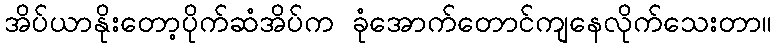
အိပ်ယာနိုးတော့ပိုက်ဆံအိပ်က ခုံအောက်တောင်ကျနေလိုက်သေးတာ။